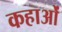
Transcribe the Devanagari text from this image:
कहाओं